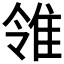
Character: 𨾠